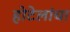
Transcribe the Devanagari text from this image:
होटेलांचा